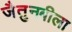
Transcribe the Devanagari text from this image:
जैतुनबीला